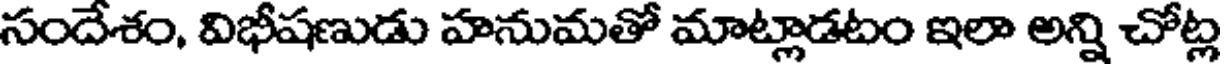
సందేశం, విభీషణుడు హనుమతో మాట్లాడటం ఇలా అన్ని చోట్ల